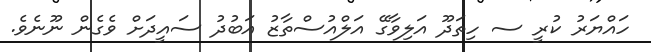
ހައްޔަރު ކުރީ ސ ހިތަދޫ އަލިވާގޭ އަލްއުސްތާޒު އަބުދު ސައީދަށް ވެގެން ނޫނެވެ.